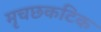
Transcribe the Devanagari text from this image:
मृचछकटिक